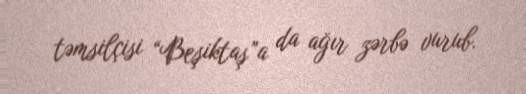
təmsilçisi “Beşiktaş”a da ağır zərbə vurub.